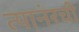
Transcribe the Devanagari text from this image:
त्यानंरची